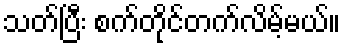
သတ်ပြီး စက်တိုင်တက်လိမ့်မယ်။